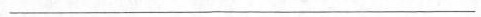
___